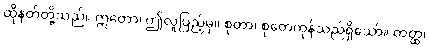
ထိုနတ်တို့သည်။ ဣတော၊ ဤလူပြည့်မှ။ စုတာ၊ စုတေကုန်သည်ရှိသော်။ တတ္ထ၊